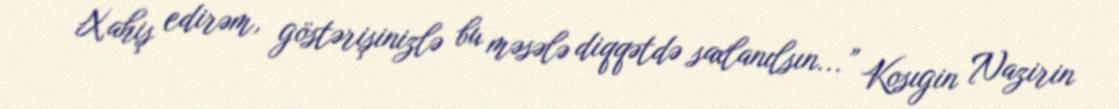
Xahiş edirəm, göstərişinizlə bu məsələ diqqətdə saxlanılsın...” Kosıgin Nazirin